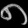
Digit: ၈